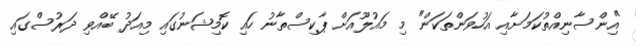
"އިންސާނިއްތުކަމަށާއި އަހުވަންތަކަން" މި މައުލޫއަށް ޕާކިސްތާނު ހައި ކޮމިޝަނުގައި މިއަދު ބޭއްވި ދަރުސްގައި